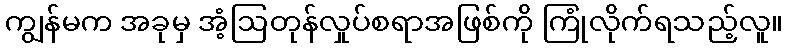
ကျွန်မက အခုမှ အံ့ဩတုန်လှုပ်စရာအဖြစ်ကို ကြုံလိုက်ရသည့်လူ။